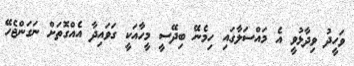
ވަހީދު ވިދާޅުވީ އެ މައްސަލާގައި ހިމެނޭ ބިދޭސީ މީހާއަކީ ގަވައިދާ އެއްގޮތަށް ނަގަންޖެހޭ